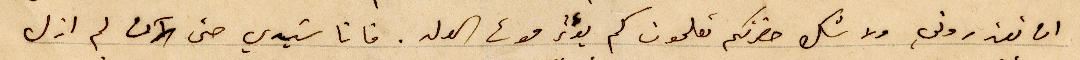
ان تعذروني ولا شك حضرتكم تعلمون كم يؤثر موت الولد. فانا سيدي حتى الان لم ازل